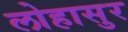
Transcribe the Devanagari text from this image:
लोहासुर